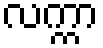
လက္ကာ